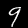
Label: 9